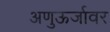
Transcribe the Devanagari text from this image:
अणुऊर्जावर